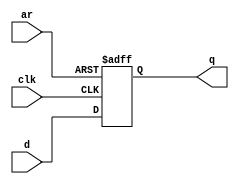
module top_module (
    input clk,
    input d, 
    input ar,   // asynchronous reset
    output q);
    always@(posedge clk or posedge ar)
        begin
            if(ar)
                begin
                    q<=0;
                end
            else
                begin
                    q<=d;
                end
        end
endmodule